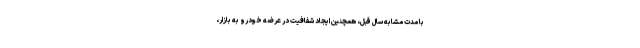
با مدت مشابه سال قبل، همچنین ایجاد شفافیت در عرضه خودرو به بازار،